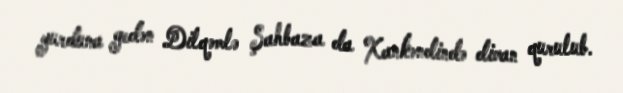
yurduna gedən Dilqəmlə Şahbaza da Xankəndində divan qurulub.